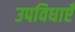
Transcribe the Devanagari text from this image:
उपविधाएँ